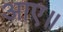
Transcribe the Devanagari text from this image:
आए॥